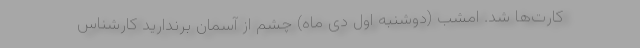
کارت‌ها شد. امشب (دوشنبه اول دی ماه) چشم از آسمان برندارید کارشناس